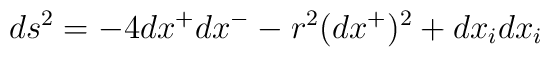
ds^{2}= -4 dx^{+}dx^{-} - r^2 (dx^{+})^{2} +dx_idx_i